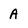
Character: A